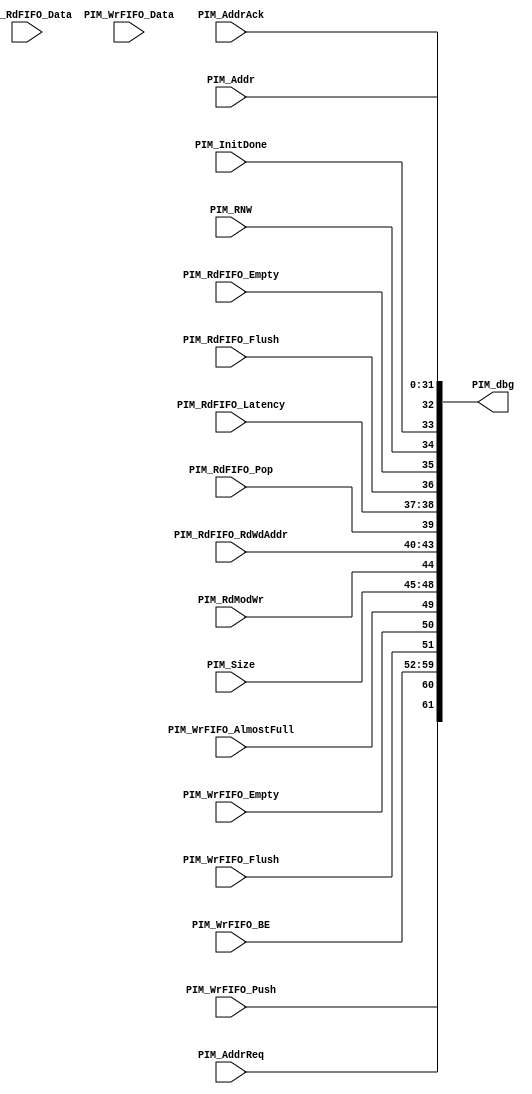
// pim_dbg.v --- 
// 
// Description: 
// Maintainer: 
// Version: 
// Last-Updated: 
//           By: 
//     Update #: 0
// URL: 
// Keywords: 
// Compatibility: 
// 
// 

// Commentary: 
// 
// 
// 
// 

// Change log:
// 
// 
// 

// Copyright (C) 2008,2009 Beijing Soul tech.
// -------------------------------------
// Naming Conventions:
// 	active low signals                 : "*_n"
// 	clock signals                      : "clk", "clk_div#", "clk_#x"
// 	reset signals                      : "rst", "rst_n"
// 	generics                           : "C_*"
// 	user defined types                 : "*_TYPE"
// 	state machine next state           : "*_ns"
// 	state machine current state        : "*_cs"
// 	combinatorial signals              : "*_com"
// 	pipelined or register delay signals: "*_d#"
// 	counter signals                    : "*cnt*"
// 	clock enable signals               : "*_ce"
// 	internal version of output port    : "*_i"
// 	device pins                        : "*_pin"
// 	ports                              : - Names begin with Uppercase
// Code:
module pim_dbg64 (/*AUTOARG*/
   // Outputs
   PIM_dbg,
   // Inputs
   PIM_Addr, PIM_AddrReq, PIM_AddrAck, PIM_InitDone, PIM_RNW,
   PIM_RdFIFO_Data, PIM_RdFIFO_Empty, PIM_RdFIFO_Flush,
   PIM_RdFIFO_Latency, PIM_RdFIFO_Pop, PIM_RdFIFO_RdWdAddr,
   PIM_RdModWr, PIM_Size, PIM_WrFIFO_AlmostFull, PIM_WrFIFO_BE,
   PIM_WrFIFO_Data, PIM_WrFIFO_Empty, PIM_WrFIFO_Flush,
   PIM_WrFIFO_Push
   );
   input [31:0] 	PIM_Addr;
   input 		PIM_AddrReq;
   input 		PIM_AddrAck;
   input 		PIM_InitDone;	
   input 		PIM_RNW;	
   input [63:0] 	PIM_RdFIFO_Data;
   input 		PIM_RdFIFO_Empty;
   input 		PIM_RdFIFO_Flush;
   input [1:0] 		PIM_RdFIFO_Latency;	
   input 		PIM_RdFIFO_Pop;
   input [3:0] 		PIM_RdFIFO_RdWdAddr;	
   input 		PIM_RdModWr;
   input [3:0] 		PIM_Size;		
   input 		PIM_WrFIFO_AlmostFull;
   input [7:0] 		PIM_WrFIFO_BE;		
   input [63:0] 	PIM_WrFIFO_Data;	
   input 		PIM_WrFIFO_Empty;
   input 		PIM_WrFIFO_Flush;
   input 		PIM_WrFIFO_Push;
   
   output [191:0] 	PIM_dbg;
   
   assign PIM_dbg[31:0]    = PIM_Addr;
   assign PIM_dbg[32]      = PIM_AddrAck;
   assign PIM_dbg[33]      = PIM_InitDone;
   assign PIM_dbg[34]      = PIM_RNW;
   assign PIM_dbg[35]      = PIM_RdFIFO_Empty;
   assign PIM_dbg[36]      = PIM_RdFIFO_Flush;
   assign PIM_dbg[38:37]   = PIM_RdFIFO_Latency;
   assign PIM_dbg[39]      = PIM_RdFIFO_Pop;
   assign PIM_dbg[43:40]   = PIM_RdFIFO_RdWdAddr;
   assign PIM_dbg[44]      = PIM_RdModWr;
   assign PIM_dbg[48:45]   = PIM_Size;
   assign PIM_dbg[49]      = PIM_WrFIFO_AlmostFull;
   assign PIM_dbg[50]      = PIM_WrFIFO_Empty;
   assign PIM_dbg[51]      = PIM_WrFIFO_Flush;
   assign PIM_dbg[59:52]   = PIM_WrFIFO_BE;
   assign PIM_dbg[60]      = PIM_AddrReq;
   assign PIM_dbg[61]      = PIM_WrFIFO_Push;
   
   assign PIM_dbg[127:64]   = PIM_RdFIFO_Data;
   assign PIM_dbg[191:128]  = PIM_WrFIFO_Data;
endmodule
// 
// pim_dbg.v ends here